Annual report on the Civil Veterinary Department, Burma (including the Insein Veterinary School) - 1923-1931
Year: 1923
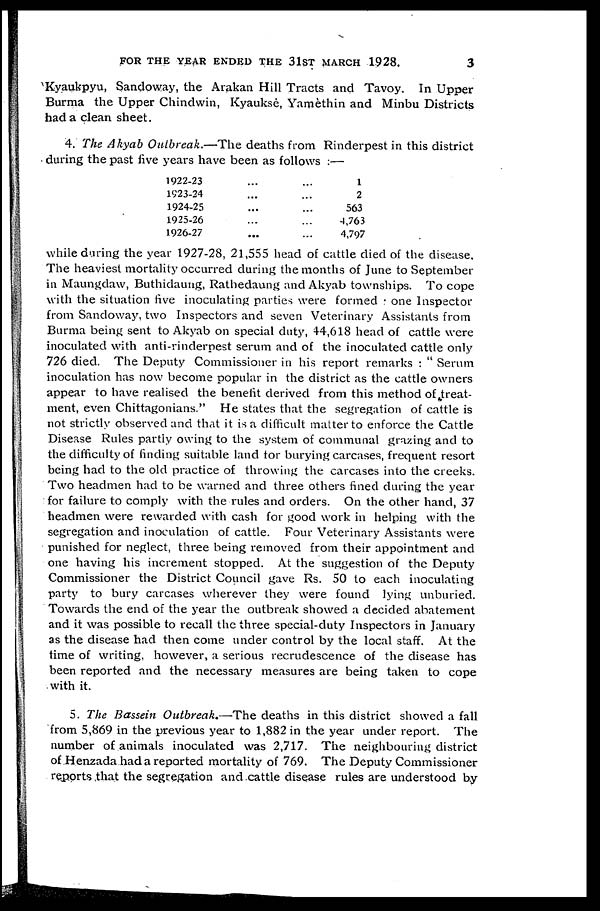
FOR THE YEAR ENDED THE 31ST MARCH 1928.
3
Kyaukpyu, Sandoway, the Arakan Hill Tracts and Tavoy. In Upper
Burma the Upper Chindwin, Kyauksè, Yamèthin and Minbu Districts
had a clean sheet.
4. The Akyab Outbreak.—The deaths from Rinderpest in this district
during the past five years have been as follows :—
1922-23
1923-24
1924-25
1925-26
1926-27
...
...
...
...
...
...
...
...
...
...
1
2
563
4,763
4,797
while daring the year 1927-28, 21,555 head of cattle died of the disease.
The heaviest mortality occurred during the months of June to September
in Maungdaw, Buthidaung, Rathedaung and Akyab townships. To cope
with the situation five inoculating parties were formed one Inspector
from Sandoway, two Inspectors and seven Veterinary Assistants from
Burma being sent to Akyab on special duty, 44,618 head of cattle were
inoculated with anti-rinderpest serum and of the inoculated cattle only
726 died. The Deputy Commissioner in his report remarks : " Serum
inoculation has now become popular in the district as the cattle owners
appear to have realised the benefit derived from this method of treat-
ment, even Chittagonians." He states that the segregation of cattle is
not strictly observed and that it is a difficult matter to enforce the Cattle
Disease Rules partly owing to the system of communal grazing and to
the difficulty of finding suitable land tor burying carcases, frequent resort
being had to the old practice of throwing the carcases into the creeks.
Two headmen had to be warned and three others fined during the year
for failure to comply with the rules and orders. On the other hand, 37
headmen were rewarded with cash for good work in helping with the
segregation and inoculation of cattle. Four Veterinary Assistants were
punished for neglect, three being removed from their appointment and
one having his increment stopped. At the suggestion of the Deputy
Commissioner the District Council gave Rs. 50 to each inoculating
party to bury carcases wherever they were found lying unburied.
Towards the end of the year the outbreak showed a decided abatement
and it was possible to recall the three special-duty Inspectors in January
as the disease had then come under control by the local staff. At the
time of writing however, a serious recrudescence of the disease has
been reported and the necessary measures are being taken to cope
with it.
5. The Bassein Outbreak.—The deaths in this district showed a fall
from 5,869 in the previous year to 1,882 in the year under report. The
number of animals inoculated was 2,717. The neighbouring district
of Henzada had a reported mortality of 769. The Deputy Commissioner
reports that the segregation and cattle disease rules are understood by